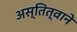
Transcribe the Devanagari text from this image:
अस्तित्वाने